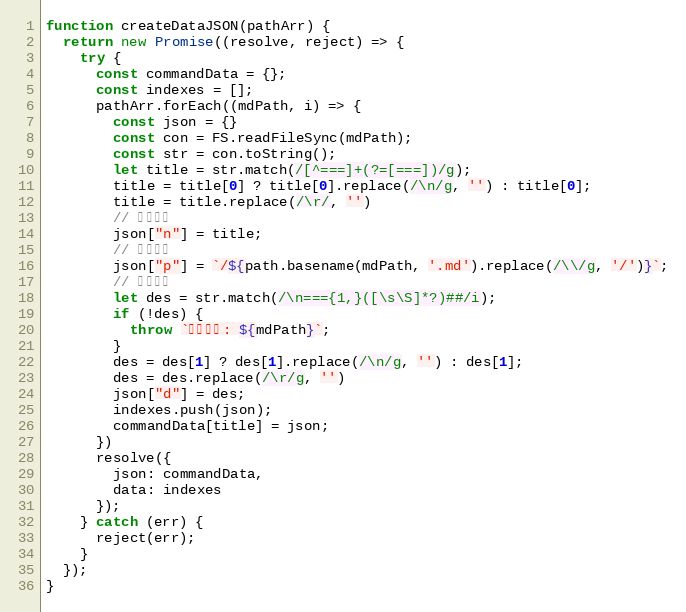
Language: JavaScript
function createDataJSON(pathArr) {
  return new Promise((resolve, reject) => {
    try {
      const commandData = {};
      const indexes = [];
      pathArr.forEach((mdPath, i) => {
        const json = {}
        const con = FS.readFileSync(mdPath);
        const str = con.toString();
        let title = str.match(/[^===]+(?=[===])/g);
        title = title[0] ? title[0].replace(/\n/g, '') : title[0];
        title = title.replace(/\r/, '')
        // 命令名称
        json["n"] = title;
        // 命令路径
        json["p"] = `/${path.basename(mdPath, '.md').replace(/\\/g, '/')}`;
        // 命令描述
        let des = str.match(/\n==={1,}([\s\S]*?)##/i);
        if (!des) {
          throw `格式错误: ${mdPath}`;
        }
        des = des[1] ? des[1].replace(/\n/g, '') : des[1];
        des = des.replace(/\r/g, '')
        json["d"] = des;
        indexes.push(json);
        commandData[title] = json;
      })
      resolve({
        json: commandData,
        data: indexes
      });
    } catch (err) {
      reject(err);
    }
  });
}